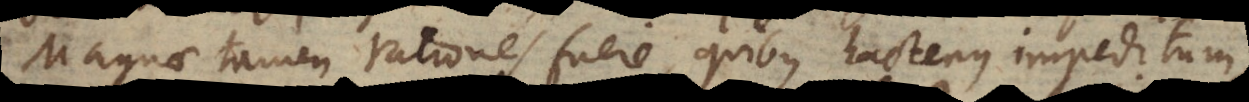
Magnae tamen rationes fuere, quibus hactenus impeditum